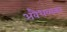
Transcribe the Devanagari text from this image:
अवैधव्यकरं